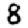
Digit: 8